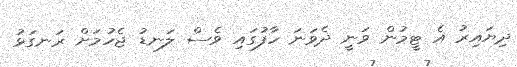
ދިޔައިރު އެ ޓީމުން ވަނީ ދެވަނަ ހާފުގައި ވެސް ލަނޑު ޖެހުމަށް ރަނގަޅު